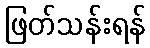
ဖြတ်သန်းရန်